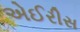
એઈરીસ